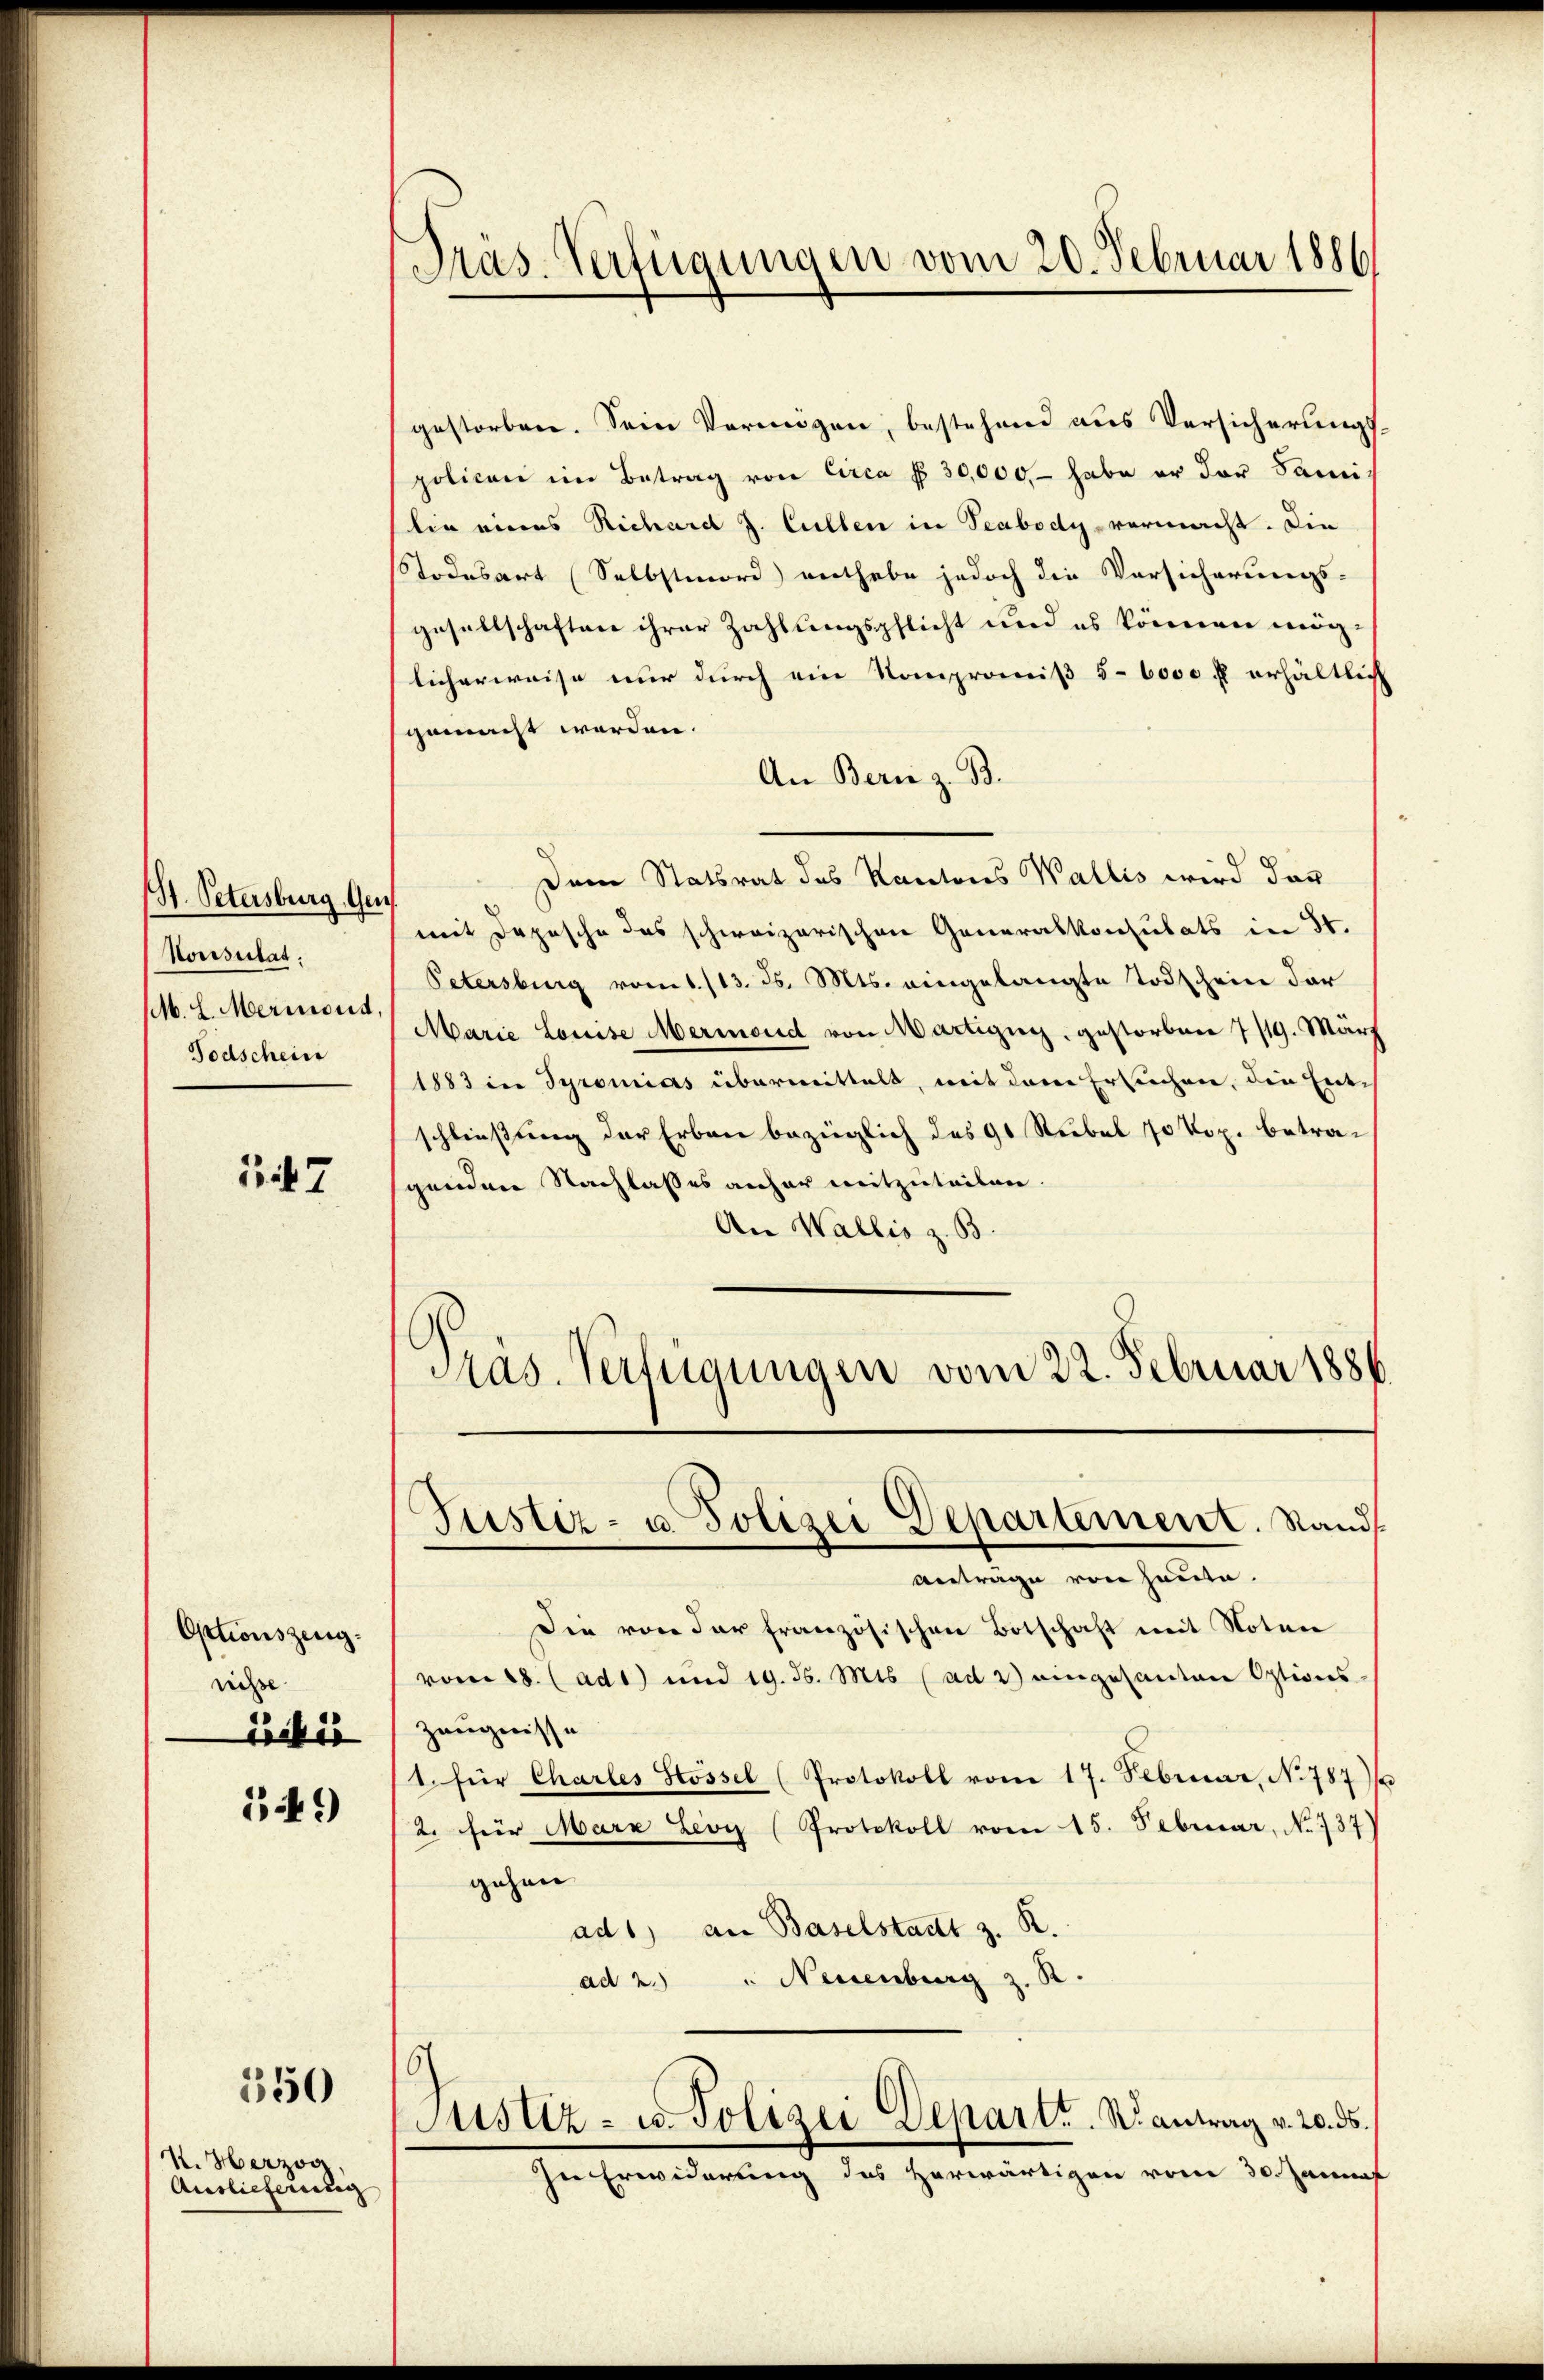
(St. Petersburg. Ge
Konsulat:
MM. L. Merinout
Todschein

13567

Optionszeugrice
Liber

149)

350

I. Herzog
Auslieferung

Pras. Verfügungen vom 20. Februar 1886

gestorben. Sein Vermögen, bestehend aus Versicherungs
policen im Betrag von Circa § 30,000.- habe er der Sani
lie eines Richard J. Cullen in Teabody-vermacht. Die
Todesart (Selbstmord) enthabe jedoch die Versicherungs-
gesellschaften ihrer Zahlungspflicht und es können möglicherweise nur durch ein Kompromiß 5-6000 fl erhältlich
gemacht werden.
An Bern z. B.
Dem Statsrat des Kantons Wallis wird dar
mit Depesche das schweizerischen Generalkonsulats in St.
Petersburg vom 1./13. ds. Mts. eingelangte Todschein der
Marie Louise Mermond von Martigny, gestorbene 7/19. März
1883 in Syromias übermittelt, mit dem Ersuchen, die Ents
schließung der Erben bezüglich des 90 Rubel 70 Kop. betragenden Nachlasses anher mitzuteilen.
An Wallis z. B.
Präs. Verfügungen vom 22. Februar 1886

Justiz- u. Polizei Departement. Standt
—
Antrage von Hause.

s
Justiz- u. Polizei Depart. N. antrag v. 20. ds.

In Erwiderung des herwärtigen vom 30. Jannes

Die von der französischen Botschaft mit Notar
vom 18. (ad1) und 19. Js. Mts. (ad 3 eingesanten Options
Zeugnisse
(1. für Charles Stossel (Protokoll vom 17. Februar, No 787/
2. für Marx Lioy (Protokoll vom 15. Februar, No 737)
gehen
ad1) an Baselstadt z. R.
.
" Neuenburg
ad 2.)